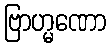
ဗြာဟ္မဏော